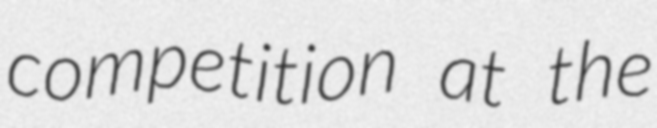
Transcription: competition at the